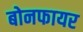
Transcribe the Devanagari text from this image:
बोनफायर